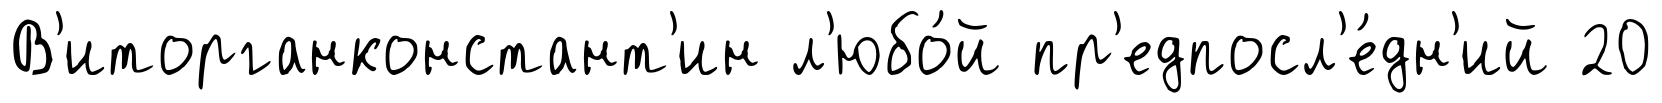
В'иторганконстант'ин л'юбо́й пр'едпосл'е́дн'ий 20